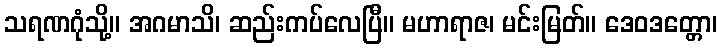
သရဏဂုံသို့။ အဂမာသိ၊ ဆည်းကပ်လေပြီ။ မဟာရာဇ၊ မင်းမြတ်။ ဒေဝဒတ္တော၊